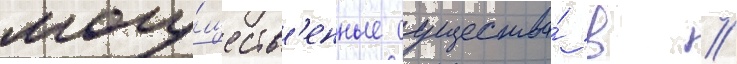
могу́ществ'енные существа́ в //